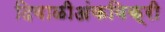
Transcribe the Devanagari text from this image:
दिवाळीअंकविक्री